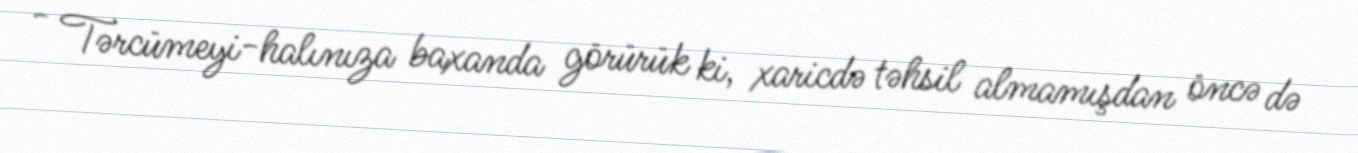
- Tərcümeyi-halınıza baxanda görürük ki, xaricdə təhsil almamışdan öncə də